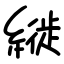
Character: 縰